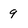
Character: 9